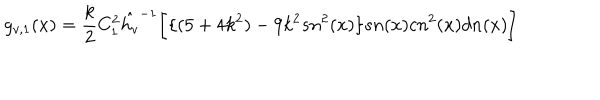
g _ { v , 1 } ( x ) = \frac { k } { 2 } C _ { 1 } ^ { 2 } { \hat { h _ { v } } } ^ { - 1 } \bigg [ \{ ( 5 + 4 k ^ { 2 } ) - 9 k ^ { 2 } s n ^ { 2 } ( x ) \} s n ( x ) c n ^ { 2 } ( x ) d n ( x ) \bigg ]